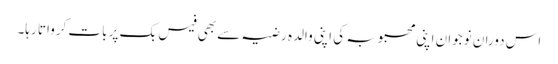
اس دوران نوجوان اپنی محبوبہ کی اپنی والدہ رضیہ سے بھی فیس بک پر بات کرواتا رہا۔